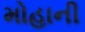
મોહાની